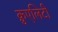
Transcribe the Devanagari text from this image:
क्रुएलिटी